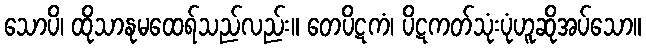
သောပိ၊ ထိုသာနုမထေရ်သည်လည်း။ တေပိဋကံ၊ ပိဋကတ်သုံးပုံဟူဆိုအပ်သော။